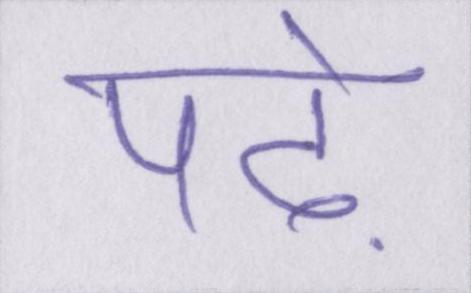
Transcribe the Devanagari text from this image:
पढ़े